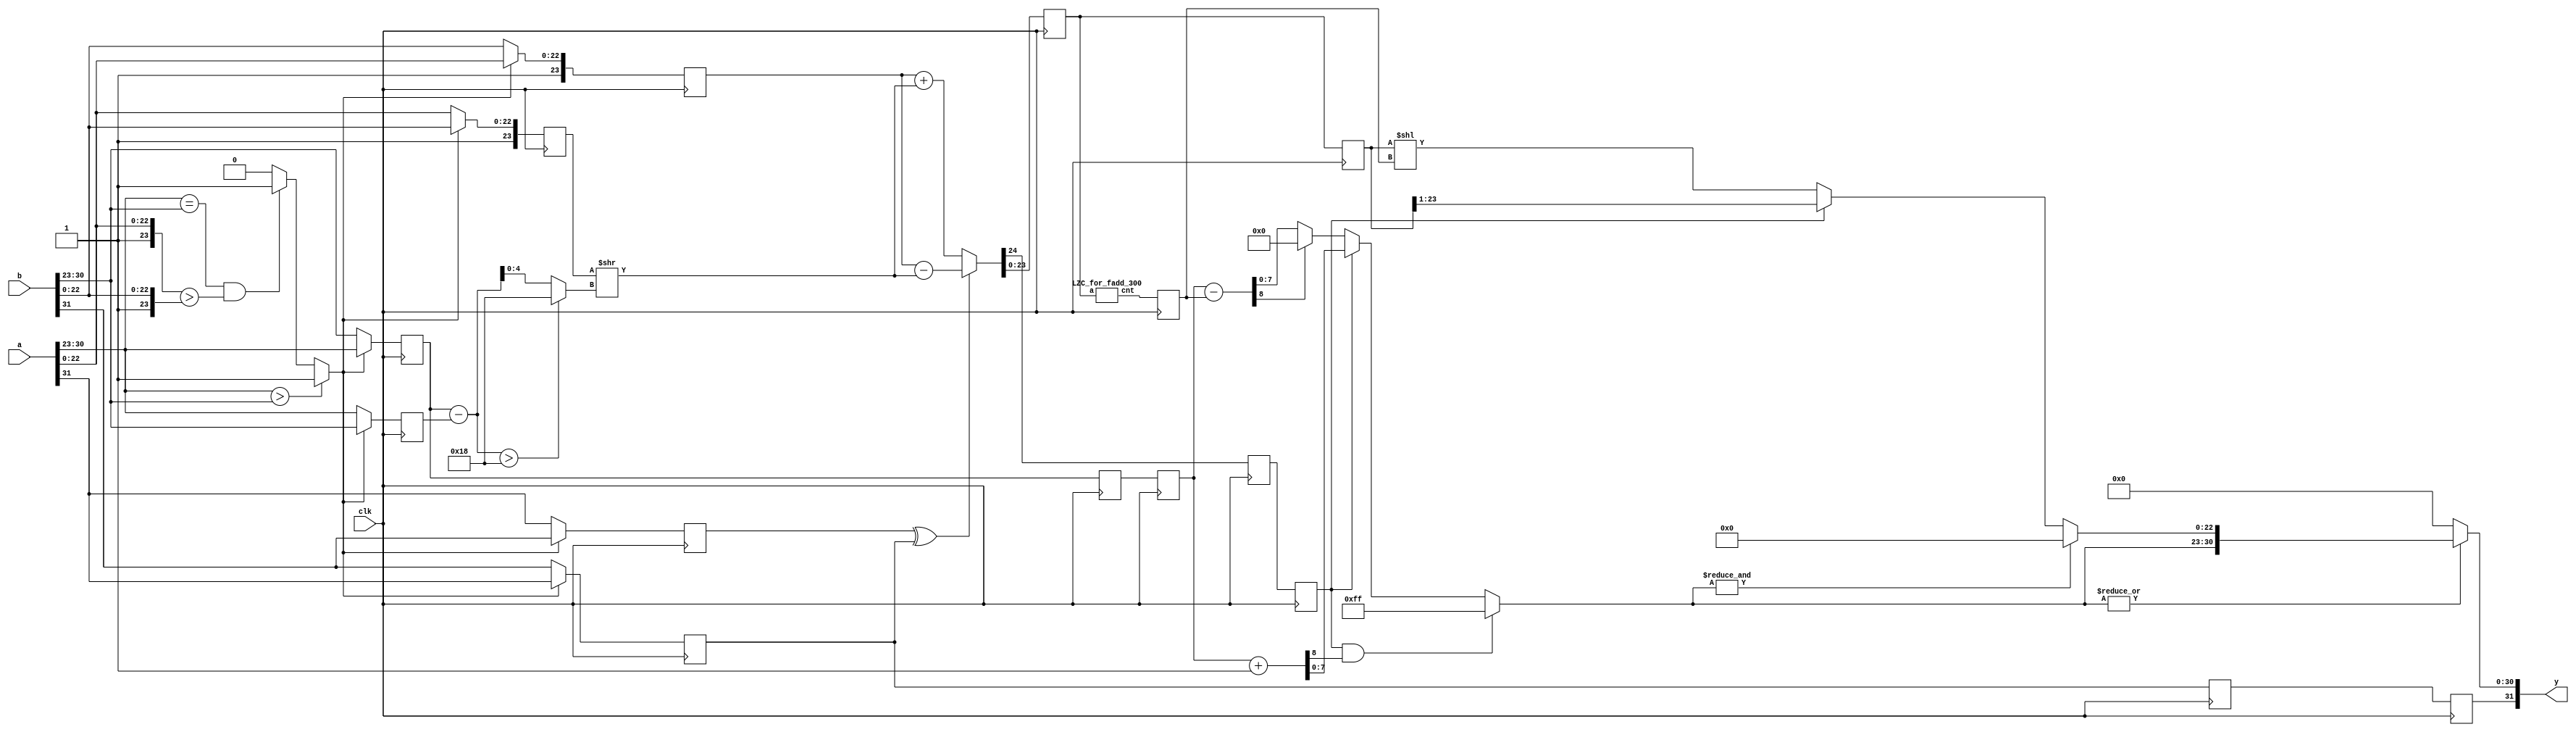
`default_nettype none
//////////////////////////////////////////////////////////////////////////////////
// Company: 
// 
// Design Name: 
// Module Name: fadd
// Project Name: C&P
// Target Devices: KCU105
// Tool Versions: 
// Description: 
// 
// Dependencies: 
// 
// Revision:
// Revision 1.01 - File Created
// Additional Comments:
// 
//////////////////////////////////////////////////////////////////////////////////
module fadd_300(
    input wire clk,
    input wire [31:0] a,
    input wire [31:0] b,
    output wire [31:0] y
    );
    wire a_s = a[31];
    wire [7:0] a_e = a[30:23];
    wire [23:0] a_m = {1'b1,a[22:0]};
    wire b_s = b[31];
    wire [7:0] b_e = b[30:23];
    wire [23:0] b_m = {1'b1,b[22:0]};
    
    wire larger = (a_e > b_e) ? 1 : ((a_e == b_e) &&(a_m > b_m)) ? 1 : 0;
    reg l_s, s_s;
    reg [7:0] l_e, s_e;
    reg [23:0] l_m, s_m;
    
    always @(posedge clk) begin
        l_s <= larger ? a_s : b_s;
        s_s <= larger ? b_s : a_s;
        l_e <= larger ? a_e : b_e;
        s_e <= larger ? b_e : a_e;
        l_m <= larger ? a_m : b_m;
        s_m <= larger ? b_m : a_m;
    end
    
    wire [7:0] diff = l_e - s_e;
    wire [4:0] diff_e = diff > 5'd24 ? 5'd24 : diff;
    wire [23:0] s_m_shift = s_m >> diff_e;
    
    wire [24:0] m_raw = (s_s ^ l_s) ? l_m - s_m_shift : l_m + s_m_shift;
    wire m25 = m_raw[24];
    
    reg m25_0, l_s_0;
    reg [24:0] m_raw_0;
    reg [7:0] l_e_0;
    always @(posedge clk) begin
        m_raw_0 <= m_raw;
        m25_0 <= m25;
        l_e_0 <= l_e;
        l_s_0 <= l_s;
    end
    
    wire [4:0] shift_m;
    LZC_for_fadd_300 lzc(m_raw_0[23:0], shift_m);

    reg [4:0] shift_m_1;
    reg [7:0] l_e_1;
    reg m25_1, l_s_1;
    reg [24:0] m_raw_1;
    always @(posedge clk) begin
        shift_m_1 <= shift_m;
        l_e_1 <= l_e_0;
        m25_1 <= m25_0;
        l_s_1 <= l_s_0;
        m_raw_1 <= m_raw_0;
    end
    
    wire [47:0] m_shift = m_raw_1[23:0] << shift_m_1;
    
    wire [22:0] m = 
    m25_1 ? m_raw_1[23:1] :
    m_shift[22:0] ;
    //reg [22:0] m;
    wire [8:0] e_shift = l_e_1 - shift_m_1;
    wire [8:0] e_inc = l_e_1 + 1;
    wire [7:0] e = 
    (m25_1 && e_inc[8]) ? 8'b11111111 :
    m25_1 ? e_inc[7:0] :
    e_shift[8] ? 0 :
    e_shift[7:0];
    
    assign y = 
    ~(|e) ? {l_s_1, 31'b0} :
    &e ? {l_s_1, e, 23'b0} :
    {l_s_1, e, m};
    
    //wire ovf = ~(&a_e) && ~(&b_e) && (&e) ? 1 : 0;
endmodule

module LZC_for_fadd_300(
    input wire [23:0] a,
    output wire [4:0] cnt
    );
    assign cnt =
    a[23] ? 0 :
    a[22] ? 1 :
    a[21] ? 2 :
    a[20] ? 3 :
    a[19] ? 4 :
    a[18] ? 5 :
    a[17] ? 6 :
    a[16] ? 7 :
    a[15] ? 8 :
    a[14] ? 9 :
    a[13] ? 10:
    a[12] ? 11 :
    a[11] ? 12 :
    a[10] ? 13 :
    a[9] ? 14 :
    a[8] ? 15 :
    a[7] ? 16 :
    a[6] ? 17 :
    a[5] ? 18 :
    a[4] ? 19 :
    a[3] ? 20 :
    a[2] ? 21 :
    a[1] ? 22 :
    a[0] ? 23 :
    24;
endmodule
`default_nettype wire